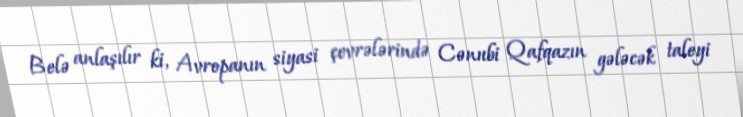
Belə anlaşılır ki, Avropanın siyasi çevrələrində Cənubi Qafqazın gələcək taleyi